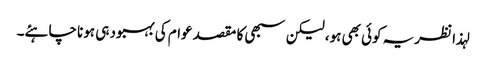
لہذا نظریہ کوئی بھی ہو، لیکن سبھی کا مقصد عوام کی بہبود ہی ہونا چاہئے۔